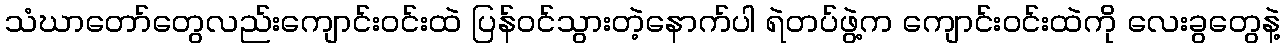
သံဃာတော်တွေလည်းကျောင်းဝင်းထဲ ပြန်ဝင်သွားတဲ့နောက်ပါ ရဲတပ်ဖွဲ့က ကျောင်းဝင်းထဲကို လေးခွတွေနဲ့